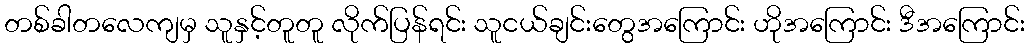
တစ်ခါတလေကျမှ သူနှင့်တူတူ လိုက်ပြန်ရင်း သူငယ်ချင်းတွေအကြောင်း ဟိုအကြောင်း ဒီအကြောင်း